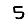
Digit: 5